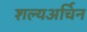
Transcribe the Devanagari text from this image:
शल्यअर्चिन